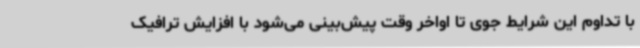
با تداوم این شرایط جوی تا اواخر وقت پیش‌بینی می‌شود با افزایش ترافیک